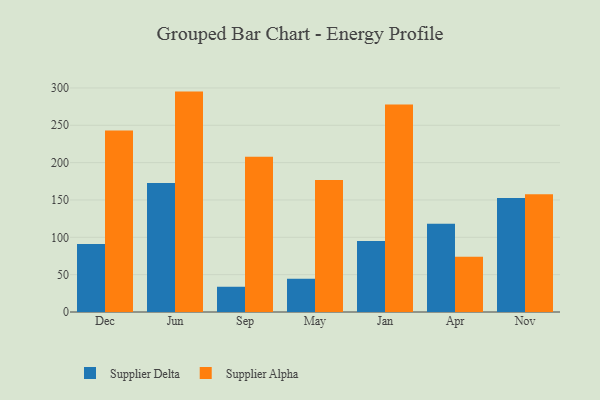
{"axis": {"x": "Month", "y": "Waste Production (Tons)"}, "legend": ["Supplier Alpha", "Supplier Delta"], "data": [{"x": "Dec", "y": 91.2, "type": "Supplier Delta"}, {"x": "Dec", "y": 243.1, "type": "Supplier Alpha"}, {"x": "Jun", "y": 172.7, "type": "Supplier Delta"}, {"x": "Jun", "y": 295.1, "type": "Supplier Alpha"}, {"x": "Sep", "y": 33.8, "type": "Supplier Delta"}, {"x": "Sep", "y": 207.8, "type": "Supplier Alpha"}, {"x": "May", "y": 44.5, "type": "Supplier Delta"}, {"x": "May", "y": 176.8, "type": "Supplier Alpha"}, {"x": "Jan", "y": 95.1, "type": "Supplier Delta"}, {"x": "Jan", "y": 277.9, "type": "Supplier Alpha"}, {"x": "Apr", "y": 118.2, "type": "Supplier Delta"}, {"x": "Apr", "y": 74.1, "type": "Supplier Alpha"}, {"x": "Nov", "y": 152.8, "type": "Supplier Delta"}, {"x": "Nov", "y": 157.7, "type": "Supplier Alpha"}]}